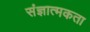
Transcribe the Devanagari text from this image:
संज्ञात्मकता